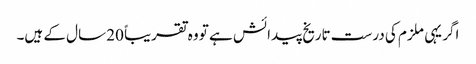
اگر یہی ملزم کی درست تاریخ پیدائش ہے تو وہ تقریباً 20 سال کے ہیں۔